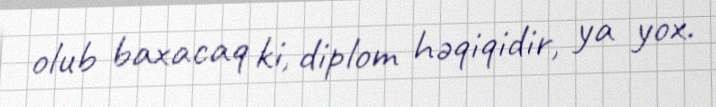
olub baxacaq ki, diplom həqiqidir, ya yox.